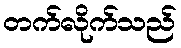
တက်လိုက်သည်